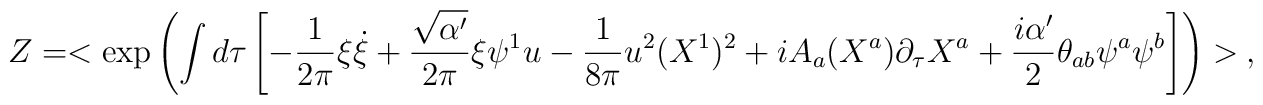
Z=<\exp\left(\int d\tau\left[ -\frac{1}{2\pi}\xi\dot{\xi}+\frac{\sqrt{\alpha'}}{2\pi}\xi \psi^1u-\frac{1}{8\pi}u^2 (X^1)^2+iA_a(X^a)\partial_{\tau}X^a +\frac{i\alpha'}{2}\theta_{ab}\psi^a\psi^b\right]\right)> \ ,